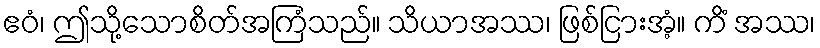
ဧဝံ၊ ဤသို့သောစိတ်အကြံသည်။ သိယာအဿ၊ ဖြစ်ငြားအံ့။ ကိံ အဿ၊